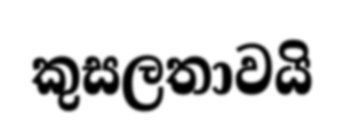
කුසලතාවයි